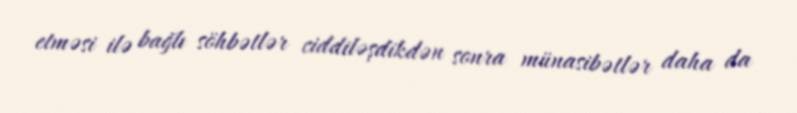
etməsi ilə bağlı söhbətlər ciddiləşdikdən sonra münasibətlər daha da